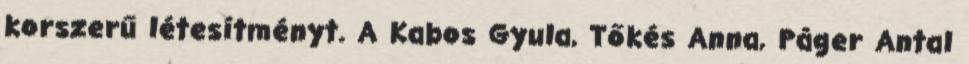
korszerű létesítményt. A Kabos Gyula, Tőkés Anna, Páger Antal